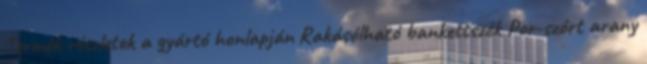
Termék részletek a gyártó honlapján Rakásólható bankettszék Por-szórt arany